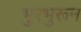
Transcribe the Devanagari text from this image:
भुरभुरून